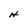
Character: H